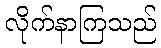
လိုက်နာကြသည်